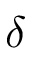
\delta